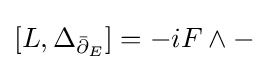
[L,\Delta _{{\bar {\partial }}_{E}}]=-iF\wedge -